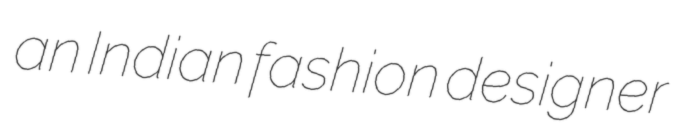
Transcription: an Indian fashion designer